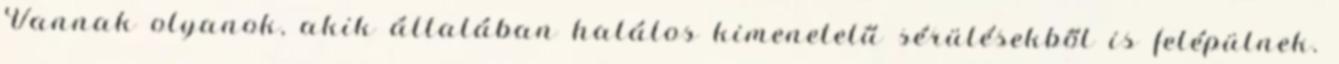
Vannak olyanok, akik általában halálos kimenetelű sérülésekből is felépülnek.